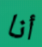
أنا